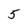
Character: 5